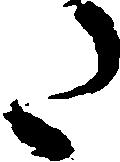
た